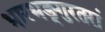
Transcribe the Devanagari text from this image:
भारभङ्गुरतरां